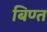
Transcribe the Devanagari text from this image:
बिण्त